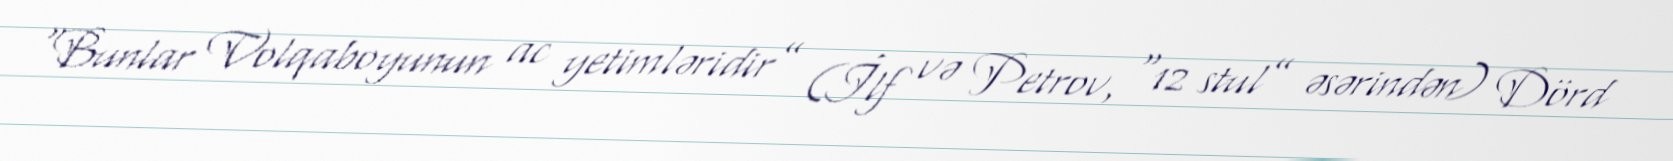
“Bunlar Volqaboyunun ac yetimləridir” (İlf və Petrov, “12 stul” əsərindən) Dörd